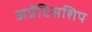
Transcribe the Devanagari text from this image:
अप्रेंटिसशिप